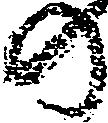
の